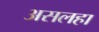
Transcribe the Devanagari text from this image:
असलहा